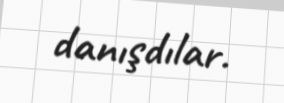
danışdılar.